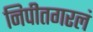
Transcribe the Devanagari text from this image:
निपीतगरलं